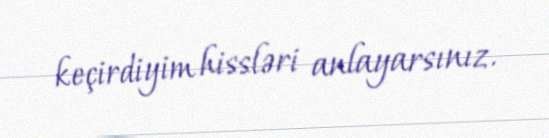
keçirdiyim hissləri anlayarsınız.